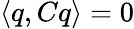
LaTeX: \langle q,Cq\rangle=0